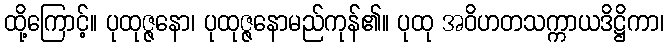
ထို့ကြောင့်။ ပုထုဇ္ဇနော၊ ပုထုဇ္ဇနောမည်ကုန်၏။ ပုထု အဝိဟတသက္ကာယဒိဋ္ဌိကာ၊